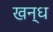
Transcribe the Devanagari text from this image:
खन्ध